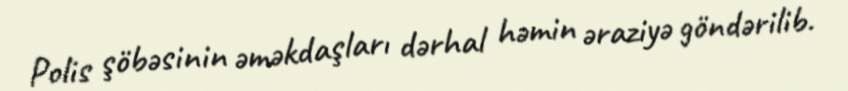
Polis şöbəsinin əməkdaşları dərhal həmin əraziyə göndərilib.